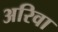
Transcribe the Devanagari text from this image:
अरिवा